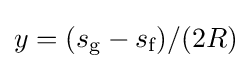
y=(s_{\text{g}}-s_{\text{f}})/(2R)